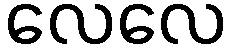
လေလေ